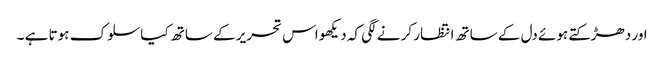
اور دھڑکتے ہوئے دل کے ساتھ انتظار کر نے لگی کہ دیکھو اس تحریر کے ساتھ کیا سلوک ہوتا ہے ۔